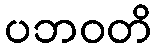
ပဘဝတိ